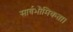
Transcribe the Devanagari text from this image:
सार्वभौमिकता।